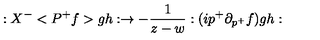
: X ^ { - } < P ^ { + } f > g h : \rightarrow - \frac 1 { z - w } : ( i p ^ { + } \partial _ { p ^ { + } } f ) g h :